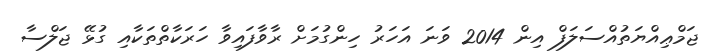
ޖަމްޢިއްޔަތުއްސަލަފް އިން 2014 ވަނަ އަހަރު ހިންގުމަށް ރާވާފައިވާ ހަރަކާތްތަކާއި ގުޅޭ ޖަލްސާ